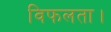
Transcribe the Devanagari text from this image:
विफलता।